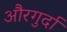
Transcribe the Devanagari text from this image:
औरगुर्दा